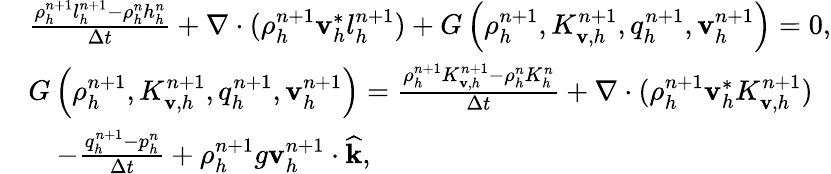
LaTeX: \begin{array}{rl}&{\frac{\rho_{h}^{n+1}l_{h}^{n+1}-\rho_{h}^{n}h_{h}^{n}}{\Delta t}+\nabla\cdot(\rho_{h}^{n+1}\mathbf v_{h}^{*}l_{h}^{n+1})+G\left(\rho_{h}^{n+1},K_{\mathbf v,h}^{n+1},q_{h}^{n+1},\mathbf v_{h}^{n+1}\right)=0,}\\ &{G\left(\rho_{h}^{n+1},K_{\mathbf v,h}^{n+1},q_{h}^{n+1},\mathbf v_{h}^{n+1}\right)=\frac{\rho_{h}^{n+1}K_{\mathbf v,h}^{n+1}-\rho_{h}^{n}K_{h}^{n}}{\Delta t}+\nabla\cdot(\rho_{h}^{n+1}\mathbf v_{h}^{*}K_{\mathbf v,h}^{n+1})}\\ &{\quad-\frac{q_{h}^{n+1}-p_{h}^{n}}{\Delta t}+\rho_{h}^{n+1}g\mathbf v_{h}^{n+1}\cdot\widehat{\mathbf k},}\end{array}